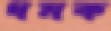
ধমক